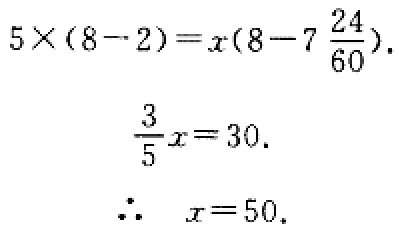
\[
\begin{align*}
5\times(8 - 2)&=x\left(8 - 7\frac{24}{60}\right)\\
\frac{3}{5}x&=30\\
\therefore\quad x&=50
\end{align*}
\]